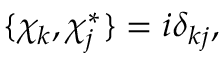
\{ \chi _ { k } , \chi _ { j } ^ { * } \} = i \delta _ { k j } ,